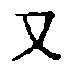
\text{又}